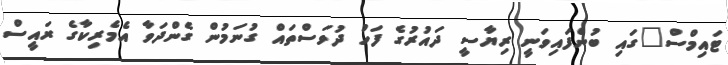
ޓައިމްސް"ގައި ބުނެފައިވަނީ ރިޔާސީ ދައުރުގެ ފަހު ދުވަސްތައް ގުނަމުން ގެންދަވާ އެމެރިކާގެ ރައީސް